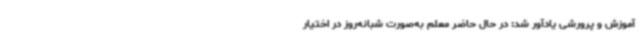
آموزش و پرورشی یادآور شد: در حال حاضر معلم به‌صورت شبانه‌روز در اختیار